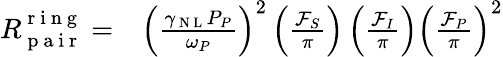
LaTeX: \begin{array}{rl}{R_{\mathrm{~p~a~i~r~}}^{\mathrm{~r~i~n~g~}}=}&{{}\left(\frac{\gamma_{\mathrm{~N~L~}}P_{P}}{\omega_{P}}\right)^{2}\left(\frac{\mathcal{F}_{S}}{\pi}\right)\left(\frac{\mathcal{F}_{I}}{\pi}\right)\left(\frac{\mathcal{F}_{P}}{\pi}\right)^{2}}\end{array}